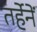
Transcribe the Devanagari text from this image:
तर्हेनें